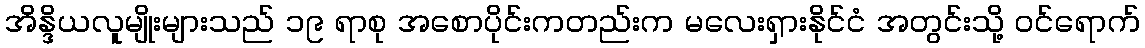
အိန္ဒိယလူမျိုးများသည် ၁၉ ရာစု အစောပိုင်းကတည်းက မလေးရှားနိုင်ငံ အတွင်းသို့ ဝင်ရောက်